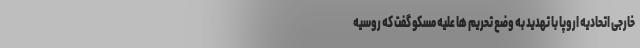
خارجی اتحادیه اروپا با تهدید به وضع تحریم ها علیه مسکو گفت که روسیه